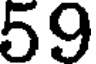
59